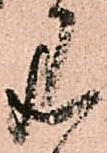
見